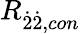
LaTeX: R_{\dot{2}\dot{2},con}